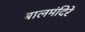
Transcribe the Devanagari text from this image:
बालमंदिरे